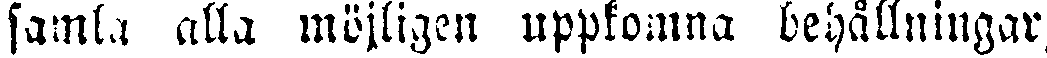
samla alla möjligen uppkomna behållningar,